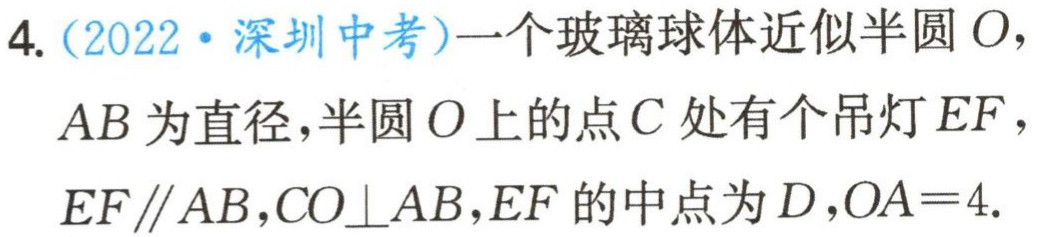
4.（2022·深圳中考）一个玻璃球体近似半圆 \(O\)，
\(AB\)为直径，半圆 \(O\)上的点 \(C\)处有个吊灯 \(EF\)，
\(EF\parallel AB,CO\perp AB\)，\(EF\)的中点为 \(D\)，\(OA = 4\).